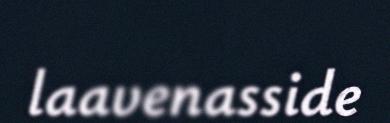
laavenasside